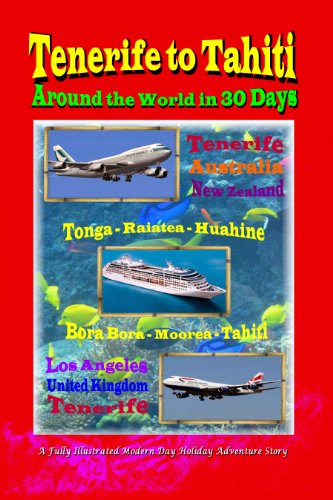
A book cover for Tenerife to Tahiti; Terry Makinson; Travel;